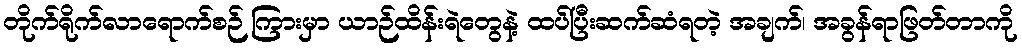
တိုက်ရိုက်လာရောက်စဉ် ကြားမှာ ယာဉ်ထိန်းရဲတွေနဲ့ ထပ်ပြီးဆက်ဆံရတဲ့ အချက်၊ အခွန်ရာဖြတ်တာကို